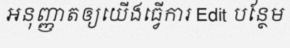
អនុញ្ញាតឲ្យយើងធ្វើការ Edit បន្ថែម